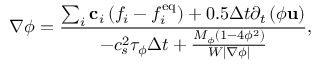
\nabla \phi = \frac { { \sum _ { i } { { { \bf { c } } _ { i } } \left( { { f _ { i } } - f _ { i } ^ { \mathrm { { e q } } } } \right) } + 0 . 5 \Delta t { \partial _ { t } } \left( { \phi { \bf { u } } } \right) } } { { - c _ { s } ^ { 2 } { \tau _ { \phi } } \Delta t + \frac { { { M _ { \phi } } \left( { 1 - 4 { \phi ^ { 2 } } } \right) } } { { W \left| { \nabla \phi } \right| } } } } ,